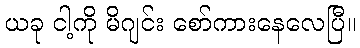
ယခု ငါ့ကို မိဂျင်း စော်ကားနေလေပြီ။